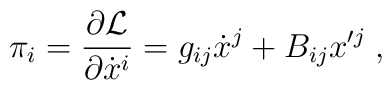
\pi_{i}= \frac{\partial\mathcal{L}}{\partial \dot{x}^{i}} =    g_{ij}\dot{x}^{j} + B_{ij}x'^{j}\;,